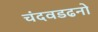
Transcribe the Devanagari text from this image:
चंदवडढनो